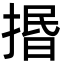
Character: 㨉